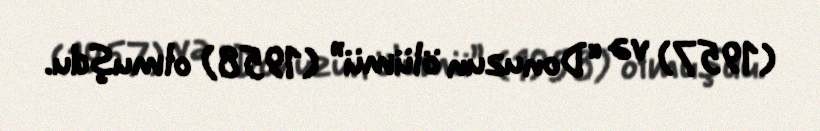
(1957) və “Donuzun ölümü” (1958) olmuşdu.